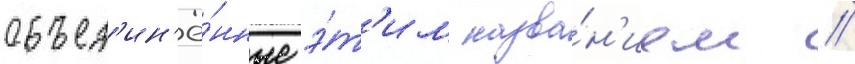
объед'ин'ё́нные э́т'им назва́н'ием /